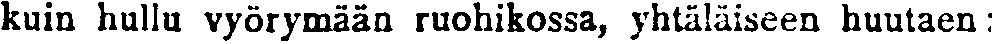
kuin hullu vyörymään ruohikossa, yhtäläiseen huutaen: